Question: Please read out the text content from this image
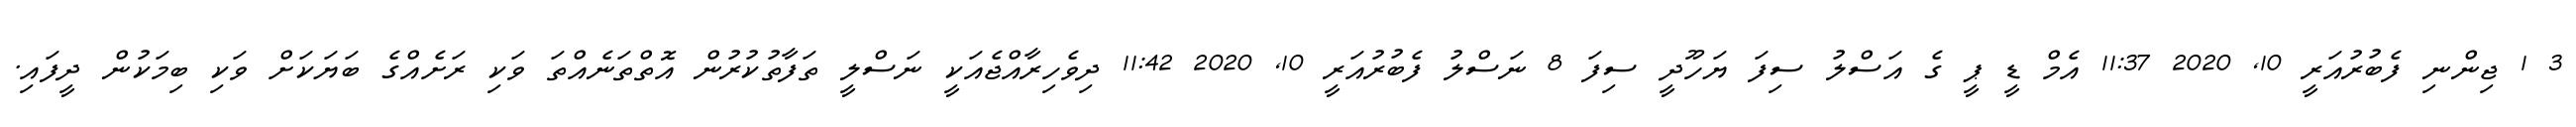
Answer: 3 1 ޖިންނި ފެބުރުއަރީ 10, 2020 11:37 އެމް ޑީ ޕީ ގެ އަސްލު ސިފަ ޔަހޫދީ ސިފަ 8 ނަސްލު ފެބުރުއަރީ 10, 2020 11:42 ދިވެހިރާއްޖެއަކީ ނަސްލީ ތަފާތުކުރުން އޮތްތަނެއްތަ ވަކި ރަށެއްގެ ބަޔަކަށް ވަކި ބިމަކުން ދީފައި.